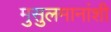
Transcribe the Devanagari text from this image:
मुसुलमानांशी